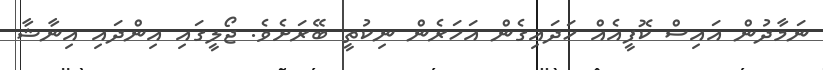
ނަމާދުން އައިސް ކޮފީއެއް ހަދައިގެން އަހަރެން ނިކުތީ ބޭރަށެވެ. ޖޯލީގައި އިންދައި އިނާޝާ